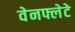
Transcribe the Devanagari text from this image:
वेनफ्लेटे